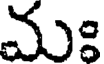
మః